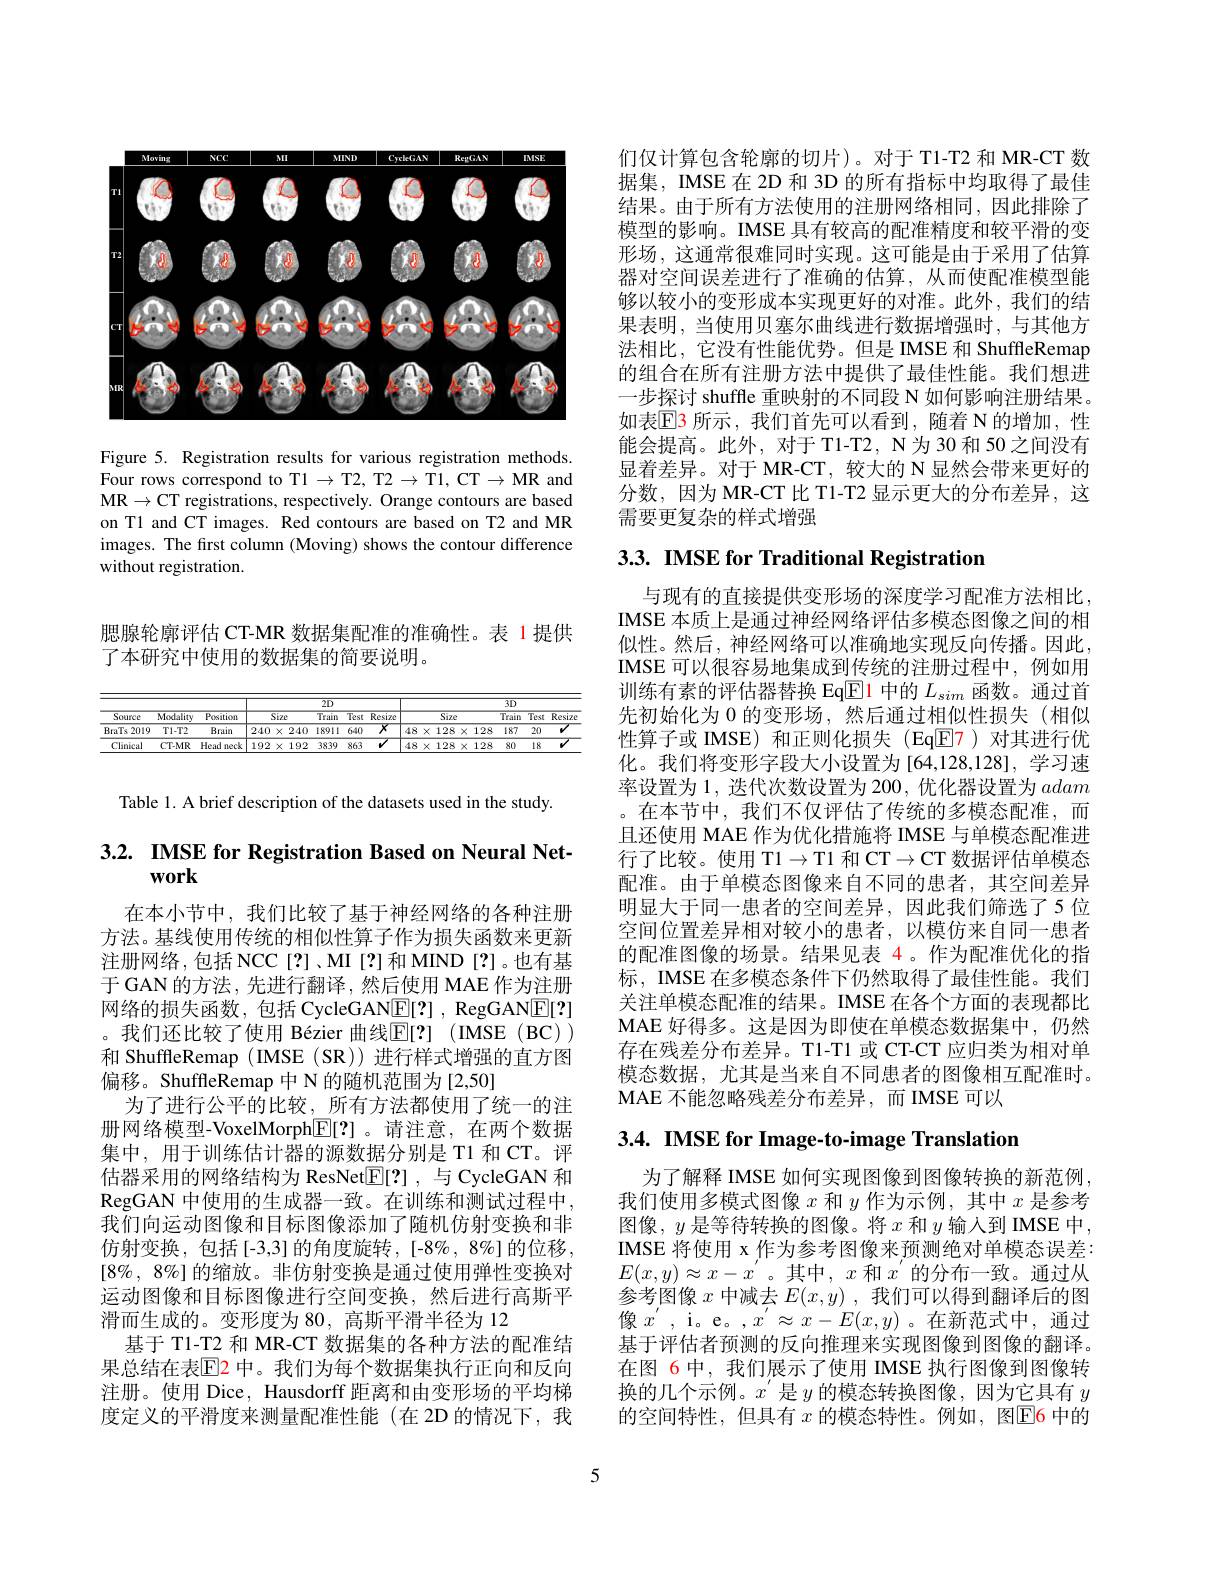
<FigureHere>

Figure 5. Registration results for various registration methods. Four rows correspond to T1 $\to$T2, T2 → T1, CT→ MR and MR$\to$CT registrations, respectively. Orange contours are based on Tl and CT images. Red contours are based on T2 and MR images. The first column (Moving) shows the contour difference without registration.

腮腺轮廓评估 CT-MR 数据集配准的准确性。表 1 提供
了本研究中使用的数据集的简要说明。

<table>
	<tbody>
		<tr>
			<th rowspan="2">Source</th>
			<th rowspan="2">$\overline{\text{Modality}}$</th>
			<th> </th>
			<th colspan="5">$2D$</th>
			<th colspan="6">$3D$</th>
		</tr>
		<tr>
			<th>Position</th>
			<th colspan="2">Size</th>
			<th>Tra</th>
			<th>Test</th>
			<th>$\overline{Resize}$</th>
			<th colspan="3">Size</th>
			<th>$\overline{\text{Train}}$</th>
			<th>$\overline{\text{Test}}$</th>
			<th>$\overline{\text{Resize}}$</th>
		</tr>
		<tr>
			<td>BraTs 2019</td>
			<td>$T1-T2$</td>
			<td>Brain</td>
			<td>240</td>
			<td>24 $x$</td>
			<td>189 0</td>
			<td>640</td>
			<td>$\overline{X}$</td>
			<td>1 $X$</td>
			<td>:8</td>
			<td>128</td>
			<td>187</td>
			<td>20</td>
			<td>$v$</td>
		</tr>
		<tr>
			<td>Clinical</td>
			<td>CT-MR</td>
			<td>Head neck</td>
			<td>192</td>
			<td>19 $X$ (1) (1) $a_{12}=\frac{1}{2}$</td>
			<td>2 382</td>
			<td>863</td>
			<td>$V$</td>
			<td>1 $x$</td>
			<td>:8</td>
			<td>128</td>
			<td>80</td>
			<td>18</td>
			<td>T $w$</td>
		</tr>
	</tbody>
</table>

Table 1. A brief description of the datasets used in the study.

# 3.2. IMSE for Registration Based on Neural Network

在本小节中，我们比较了基于神经网络的各种注册方法。基线使用传统的相似性算子作为损失函数来更新注册网络，包括NCC[?]、MI[?]和MIND[?]。也有基于 GAN 的方法，先进行翻译，然后使用 MAE 作为注册网络的损失函数，包括 CycleGANE[?] , RegGAN$\underline{\mathrm{E}}[2]$ 。我们还比较了使用 Bézier 曲线$\mathbb{E}[?]$ (IMSE (BC)) 和 ShuffleRemap ( IMSE ( SR)) 进行样式增强的直方图偏移。ShuffleRemap 中 N 的随机范围为[2,50]
为了进行公平的比较，所有方法都使用了统一的注册网络模型-VoxelMorph$\boxed{\mathbb{E}}[?]$ 。请注意，在两个数据集中，用于训练估计器的源数据分别是 T1 和 CT。评估器采用的网络结构为 ResNet$\underline{\mathbb{E}}[2]$ ,与 CycleGAN 和RegGAN 中使用的生成器一致。在训练和测试过程中， 我们向运动图像和目标图像添加了随机仿射变换和非仿射变换，包括[-3,3]的角度旋转，[-8$\%,8\%]的位移$, $[8\%,8\%]$的缩放。非仿射变换是通过使用弹性变换对运动图像和目标图像进行空间变换，然后进行高斯平滑而生成的。变形度为 80, 高斯平滑半径为 12
基于 T1-T2 和 MR-CT 数据集的各种方法的配准结果总结在表$\mathbb{E}$2 中。我们为每个数据集执行正向和反向注册。使用 Dice, Hausdorff 距离和由变形场的平均梯度定义的平滑度来测量配准性能(在 2D 的情况下，我

们仅计算包含轮廓的切片)。对于 T1-T2 和 MR-CT 数据集，IMSE 在 2D 和 3D 的所有指标中均取得了最佳结果。由于所有方法使用的注册网络相同，因此排除了模型的影响。IMSE 具有较高的配准精度和较平滑的变形场，这通常很难同时实现。这可能是由于采用了估算器对空间误差进行了准确的估算，从而使配准模型能够以较小的变形成本实现更好的对准。此外，我们的结果表明，当使用贝塞尔曲线进行数据增强时，与其他方法相比，它没有性能优势。但是 IMSE 和 ShuffleRemap 的组合在所有注册方法中提供了最佳性能。我们想进一步探讨 shuffle 重映射的不同段 N 如何影响注册结果。如表$\mathbb{E}$3 所示，我们首先可以看到，随着 N 的增加，性能会提高。此外，对于 T1-T2, N为 30 和 50 之间没有显着差异。对于 MR-CT, 较大的 N 显然会带来更好的分数，因为 MR-CT 比 T1-T2 显示更大的分布差异，这需要更复杂的样式增强

# 3.3. IMSE for Traditional Registration

与现有的直接提供变形场的深度学习配准方法相比IMSE 本质上是通过神经网络评估多模态图像之间的相似性。然后，神经网络可以准确地实现反向传播。因此， IMSE 可以很容易地集成到传统的注册过程中，例如用训练有素的评估器替换 Eq$\overline{\mathbb{E}}$1 中的$L_sim$函数。通过首先初始化为 0 的变形场，然后通过相似性损失(相似性算子或 IMSE) 和正则化损失(Eq$\boxed{\mathrm{F}}$7)对其进行优化。我们将变形字段大小设置为[64,128,128],学习速率设置为 1, 迭代次数设置为 200, 优化器设置为adam 。在本节中，我们不仅评估了传统的多模态配准，而且还使用 MAE 作为优化措施将 IMSE 与单模态配准进行了比较。使用 T1$\to$T1 和 CT$\to$CT 数据评估单模态配准。由于单模态图像来自不同的患者，其空间差异明显大于同一患者的空间差异，因此我们筛选了5 位空间位置差异相对较小的患者，以模仿来自同一患者的配准图像的场景。结果见表 4。作为配准优化的指标，IMSE 在多模态条件下仍然取得了最佳性能。我们关注单模态配准的结果。IMSE 在各个方面的表现都比MAE 好得多。这是因为即使在单模态数据集中，仍然存在残差分布差异。T1-T1 或 CT-CT 应归类为相对单模态数据，尤其是当来自不同患者的图像相互配准时。MAE 不能忽略残差分布差异，而 IMSE 可以

3.4. IMSE for Image-to-image Translation

为了解释 IMSE 如何实现图像到图像转换的新范例我们使用多模式图像$x$和$y$作为示例，其中$x$是参考图像，$y$是等待转换的图像。将$x$和$y$输入到 IMSE 中， IMSE 将使用 x 作为参考图像来预测绝对单模态误差： $E(x,y)\approx x-x^{\prime}$。其中$, x$ 和 $x^\prime$的分布一致。通过从参考图像$x$中减去$E(x,y)$ ,我们可以得到翻译后的图像$x^{\prime}$,i。e。$,x^{\prime}\approx x-E(x,y)$。在新范式中，通过基于评估者预测的反向推理来实现图像到图像的翻译。在图 6中，我们展示了使用 IMSE 执行图像到图像转换的几个示例。$x^\prime$是$y$的模态转换图像，因为它具有$y$ 的空间特性，但具有$x$的模态特性。例如，图$\boxed{\mathrm{E}}6$中的

5